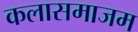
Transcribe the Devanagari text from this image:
कलासमाजम